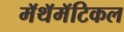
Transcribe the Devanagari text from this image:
मॅथॅमॅटिकल